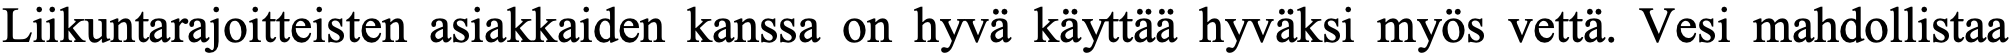
Liikuntarajoitteisten asiakkaiden kanssa on hyvä käyttää hyväksi myös vettä. Vesi mahdollistaa